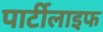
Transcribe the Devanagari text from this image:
पार्टीलाइफ